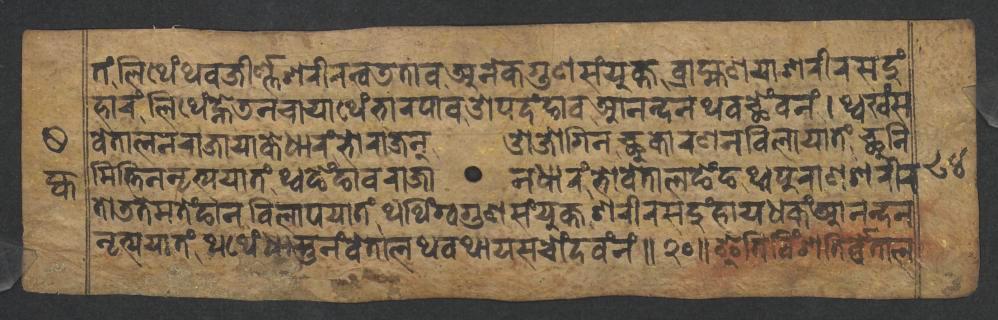
𑐟𑑄𑐮𑐶𑐠𑐾𑑄𑐠𑐰𑐖𑐷𑐬𑑂𑐞𑑂𑐞𑐱𑐬𑐷𑐬𑐟𑑂𑐰𑐜𑐟𑐵𑐰𑐀𑐣𑐾𑐎𑐐𑐸𑐞𑐳𑑄𑐫𑐸𑐎𑑂𑐟𑐧𑑂𑐬𑐵𑐴𑑂𑐩𑐞𑐫𑐵𑐱𑐬𑐷𑐬𑐳𑐡𑐸𑑄 𑐴𑐵𑐬𑑄𑐮𑐶𑐠𑐾𑑄𑐣𑑂𑐴𑐾𑐜𑐣𑐔𑐵𑐫𑐵𑐠𑐾𑑄𑐨𑐵𑐬𑐥𑐵𑐰𑐌𑐥𑐡𑑄𑐒𑐵𑐰𑐁𑐣𑐣𑑂𑐡𑐣𑐠𑐰𑐕𑐾𑑄𑐰𑐣𑑄𑑋𑐠𑑂𑐰𑐏𑑄𑐳 𑐰𑐾𑐟𑐵𑐮𑐣𑐬𑐵𑐖𑐵𑐫𑐵𑐎𑐾𑐢𑐵𑐬𑑄𑐨𑑀𑐬𑐵𑐖𑐣𑑀𑐖𑑀𑐐𑐶𑐣𑐕𑐸𑐎𑐵𑐬𑐞𑐣𑐰𑐶𑐮𑐵𑐥𑐫𑐵𑐟𑑄𑐕𑐸𑐣𑐶 𑐩𑐶𑐟𑑂𑐟𑐶𑐣𑐣𑐺𑐟𑑂𑐫𑐫𑐵𑐟𑑄𑐠𑑂𑐰𑐒𑐾𑑄𑐒𑐵𑐰𑐬𑐵𑐖𑐵𑐣𑐢𑐵𑐬𑑄𑐨𑑀𑐰𑐾𑐟𑐵𑐮𑐒𑐾𑑄𑐒𑐠𑑂𑐰𑐥𑐸𑐬𑐵𑐞𑐱𑐬𑐷𑐬 𑐟𑑀𑐜𑐟𑐾𑐩𑐟𑐾𑑄𑐒𑐵𑐣𑐰𑐶𑐮𑐵𑐥𑐫𑐵𑐟𑑄𑐠𑐠𑐶𑑄𑐐𑑂𑐰𑐐𑐸𑐞𑐳𑑄𑐫𑐸𑐎𑑂𑐟𑐱𑐬𑐷𑐬𑐳𑐡𑐸𑑄𑐴𑐵𑐫𑐢𑐎𑑄𑐁𑐣𑐣𑑂𑐡𑐣 𑐣𑐺𑐟𑑂𑐫𑐫𑐵𑐟𑑄𑐠𑐠𑐾𑑄𑐢𑐵𑐳𑑂𑐟𑐸𑐣𑑄𑐰𑐾𑐟𑐵𑐮𑐠𑐰𑐠𑐵𑐫𑐳𑐔𑑀𑑄𑐡𑐰𑑄𑐣𑑄𑑌𑑒𑑐𑑌𑐂𑐟𑐶𑐰𑐶𑑄𑐱𑐟𑐶𑐬𑑂𑐰𑑂𑐰𑐾𑐟𑐵𑐮